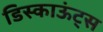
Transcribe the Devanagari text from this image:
डिस्काऊंट्स